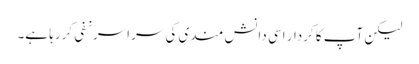
لیکن آپ کا کردار اسی دانش مندی کی سراسرنفی کررہا ہے۔